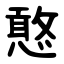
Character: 憨